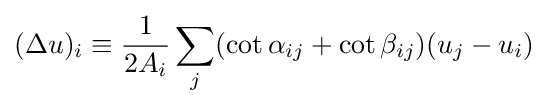
(\Delta u)_{i}\equiv {\frac {1}{2A_{i}}}\sum _{j}(\cot \alpha _{ij}+\cot \beta _{ij})(u_{j}-u_{i})